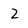
Character: 2